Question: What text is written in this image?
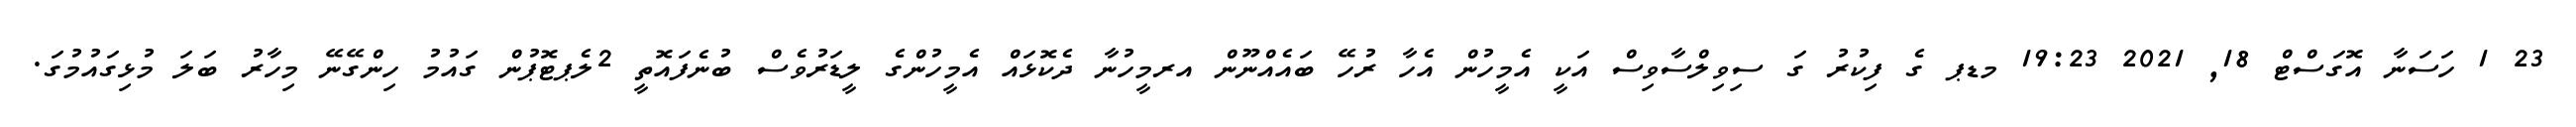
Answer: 23 1 ހަސަނާ އޮގަސްޓް 18, 2021 19:23 މޑޕ ގެ ފިކުރު ގަ ސިވިލްސާވިސް އަކީ އެމީހުން އެހާ ރުހޭ ބައެއްނޫން އރމީހުނާ ދެކޮޅައް އެމީހުންގެ ލީޑަރުވެސް ބުނެފައޮތީ 2ލެޕޓޮޕުން ގައުމު ހިންގޭނޭ މިހާރު ބަލަ މުޅިގައުމުގަ.